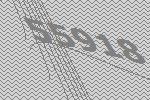
55918